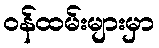
ဝန်ထမ်းများမှာ